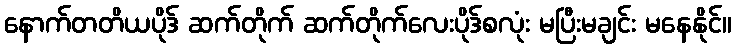
နောက်တတိယပိုဒ် ဆက်တိုက် ဆက်တိုက်လေးပိုဒ်စလုံး မပြီးမချင်း မနေနိုင်။